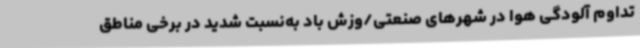
تداوم آلودگی هوا در شهرهای صنعتی/وزش باد به‌نسبت شدید در برخی مناطق